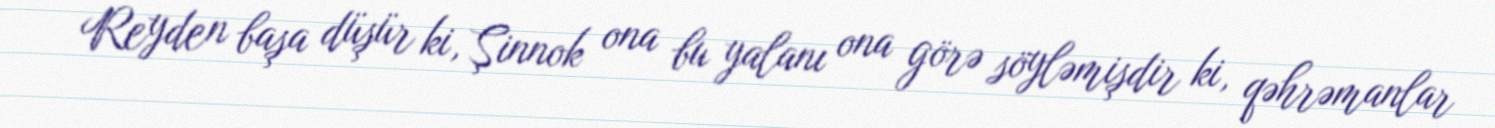
Reyden başa düşür ki, Şinnok ona bu yalanı ona görə söyləmişdir ki, qəhrəmanlar